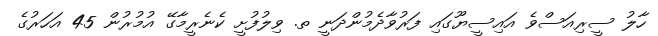
ހާލު ސީރިއަސްވެ އައިސީޔޫގައި ފަރުވާދެމުންދަނީ ތ. ވިލުފުށީ ކެނެރީމާގޭ އުމުރުން 45 އަހަރުގެ